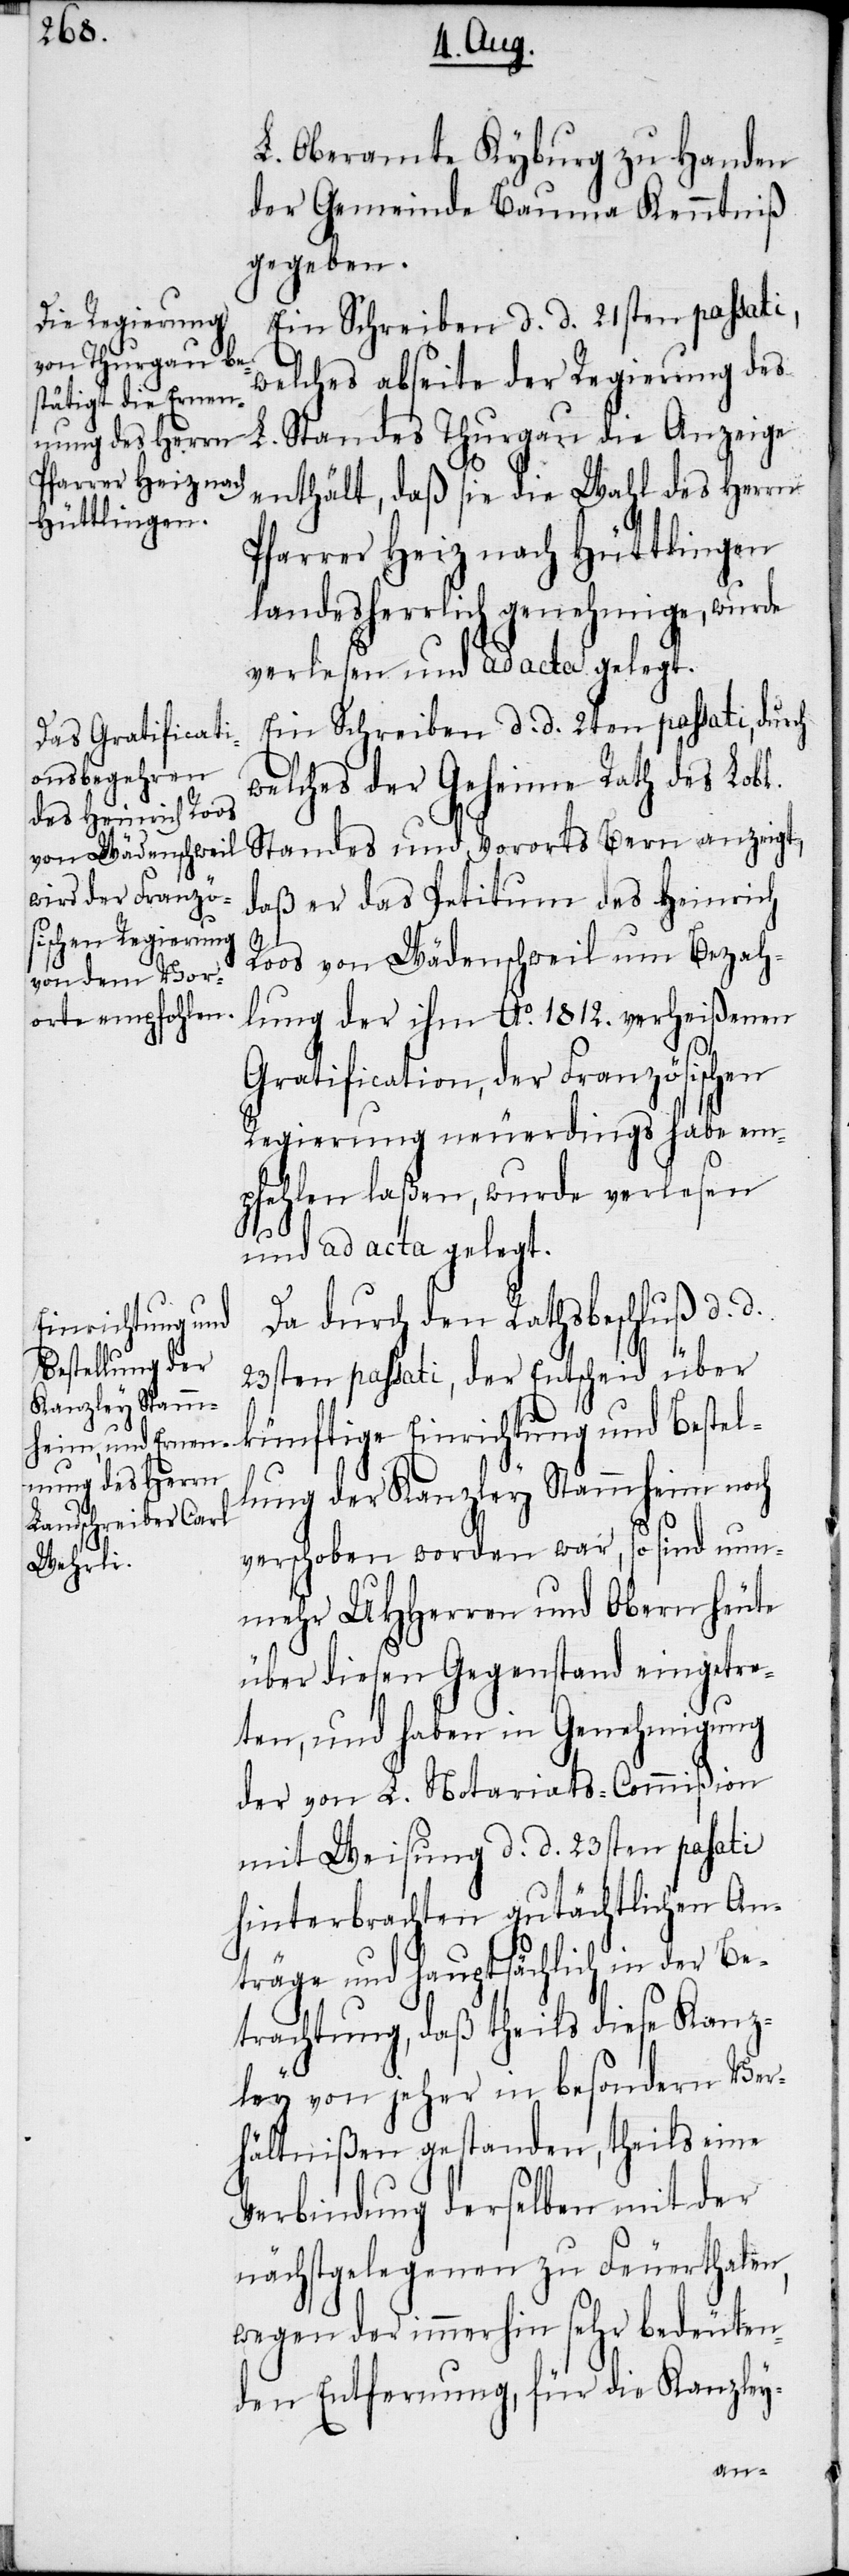
L. Oberamte Kyburg zu Handen
der Gemeinde Bauma Kenntniß
gegeben.
Ein Schreiben d. d. 21sten passati,
welches abseite der Regierung des
L. Standes Thurgau die Anzeige
enthält, daß sie die Wahl des Herrn
Pfarrer Heiz nach Hüttlingen
landesherrlich genehmige, wurde
verlesen und ad acta gelegt.
Ein Schreiben d. d. 2ten passati, durch
welches der Geheime Rath des Lobl.
Standes und Vororts Bern anzeigt,
daß er das Petitum des Heinrich
Roos von Wädenschweil um Bezah¬
lung der ihm Ao. 1812. verheißenen
Gratification, der Französischen
Regierung neuerdings habe em¬
pfehlen laßen, wurde verlesen
und ad acta gelegt.
Da durch den Rathsbeschluß d. d.
23sten passati, der Entscheid über
künftige Einrichtung und Bestel¬
lung der Kanzley Stammheim noch
verschoben worden war, so sind nunm¬
ehr UHHerren und Obern heute
über diesen Gegenstand eingetre¬
ten, und haben in Genehmigung
der von L. Notariats-Commißion
mit Weisung d. d. 23sten passati
hinterbrachten gutächtlichen An¬
träge und hauptsächlich in der Be¬
trachtung, daß theils diese Kanz¬
ley von jeher in besondern Ver¬
hältnißen gestanden, theils eine
Verbindung derselben mit der
nächstgelegenen zu Feuerthalen,
wegen der immerhin sehr bedeuten¬
den Entfernung, für die Kanzley-